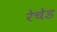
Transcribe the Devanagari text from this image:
रेचेड